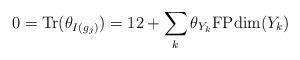
LaTeX: \begin{align*}0=\mathrm{Tr}(\theta_{I(g_j)})=12+\sum_k\theta_{Y_k}\mathrm{FPdim}(Y_k)\end{align*}